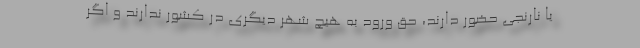
یا نارنجی حضور دارند، حق ورود به هیچ شهر دیگری در کشور ندارند و اگر